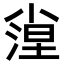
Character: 𡮛